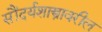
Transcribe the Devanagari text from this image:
सौंदर्यशास्त्रावरील